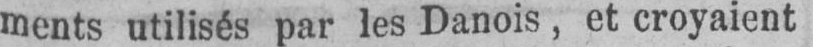
ments utilisés par les Danois, et croyaient